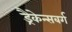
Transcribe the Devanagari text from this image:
ड्रैकेन्सबर्ग